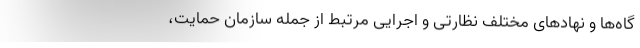
گاه‌ها و نهادهای مختلف نظارتی و اجرایی مرتبط از جمله سازمان حمایت،